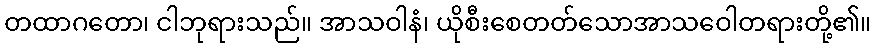
တထာဂတော၊ ငါဘုရားသည်။ အာသဝါနံ၊ ယိုစီးစေတတ်သောအာသဝေါတရားတို့၏။